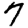
Digit: 7